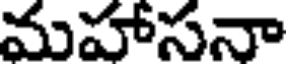
మహాసనా